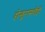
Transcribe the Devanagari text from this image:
होन्डुरासचीही